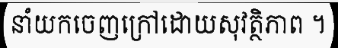
នាំយកចេញក្រៅដោយសុវត្ថិភាព ។